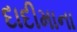
દાદીમાના